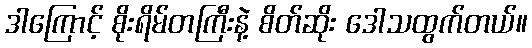
ဒါကြောင့် စိုးရိမ်တကြီးနဲ့ စိတ်ဆိုး ဒေါသထွက်တယ်။